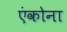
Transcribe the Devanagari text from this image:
एंकोना